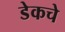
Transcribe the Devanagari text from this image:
डेकचे